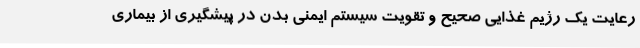
رعایت یک رژیم غذایی صحیح و تقویت سیستم ایمنی بدن در پیشگیری از بیماری